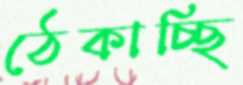
ঠেকাচ্ছি